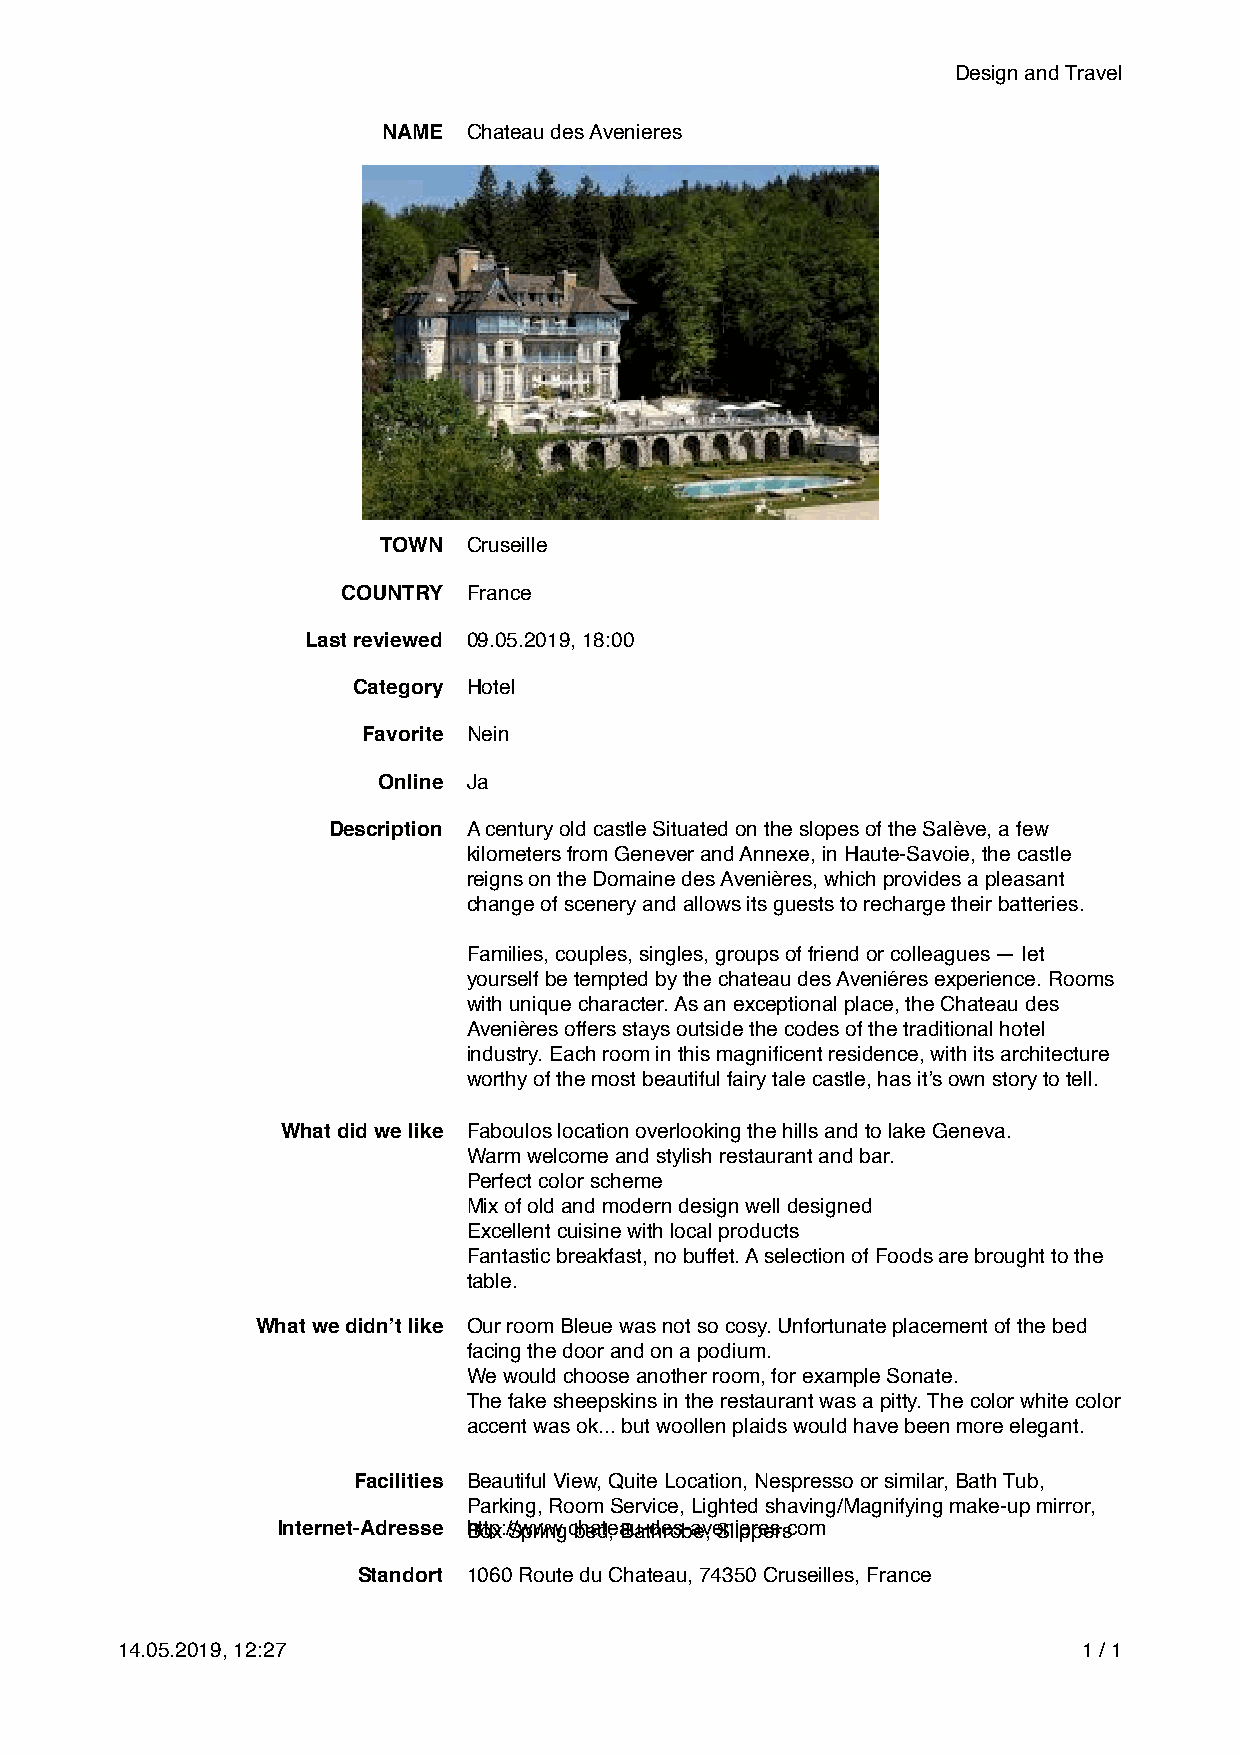
Design and Travel
 NAME  Chateau des Avenieres
 TOWN  Cruseille
 COUNTRY France
 Last reviewed 09.05.2019, 18:00
 Category Hotel
 Favorite Nein
 Online Ja
 Description A century old castle Situated on the slopes of the Salève, a few
 kilometers from Genever and Annexe, in Haute-Savoie, the castle
 reigns on the Domaine des Avenières, which provides a pleasant
 change of scenery and allows its guests to recharge their batteries.
 Families, couples, singles, groups of friend or colleagues — let
 yourself be tempted by the chateau des Aveniéres experience. Rooms
 with unique character. As an exceptional place, the Chateau des
 Avenières offers stays outside the codes of the traditional hotel
 industry. Each room in this magnificent residence, with its architecture
 worthy of the most beautiful fairy tale castle, has it’s own story to tell.
 What did we like Faboulos location overlooking the hills and to lake Geneva.
 Warm welcome and stylish restaurant and bar.
 Perfect color scheme
 Mix of old and modern design well designed
 Excellent cuisine with local products
 Fantastic breakfast, no buffet. A selection of Foods are brought to the
 table.
 What we didn’t like Our room Bleue was not so cosy. Unfortunate placement of the bed
 facing the door and on a podium.
 We would choose another room, for example Sonate.
 The fake sheepskins in the restaurant was a pitty. The color white color
 accent was ok... but woollen plaids would have been more elegant.
 Facilities Beautiful View, Quite Location, Nespresso or similar, Bath Tub,
 Parking, Room Service, Lighted shaving/Magnifying make-up mirror,
 Internet-Adresse Bhtotpx: /S/wpwrinwg.c bheadte, aBua-tdherosb-aev, eSnliieprpeesr.scom
 Standort 1060 Route du Chateau, 74350 Cruseilles, France
 14.05.2019, 12:27                                               1 / 1